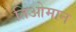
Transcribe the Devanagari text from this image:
तिओमान